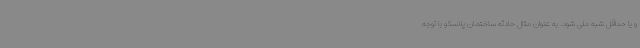
و یا حداقل شبه ملی شود. به عنوان مثال حادثه ساختمان پلاسکو با توجه